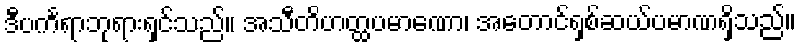
ဒီပင်္ကရာဘုရားရှင်သည်။ အသီတိဟတ္ထပမာဏော၊ အတောင်ရှစ်ဆယ်ပမာဏရှိသည်။